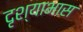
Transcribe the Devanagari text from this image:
दृश्याभास